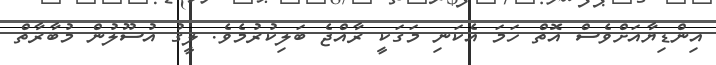
އިންޑިޔާއަށްވެސް އޮތް ހަމަ އެކަނި މަގަކީ ރާއްޖެ ބަލިކުރުމެވެ. ލީގު އުސޫލުން މުބާރާތް